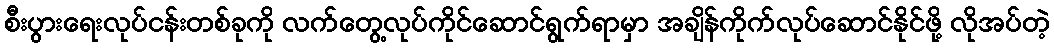
စီးပွားရေးလုပ်ငန်းတစ်ခုကို လက်တွေ့လုပ်ကိုင်ဆောင်ရွက်ရာမှာ အချိန်ကိုက်လုပ်ဆောင်နိုင်ဖို့ လိုအပ်တဲ့